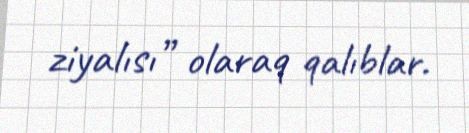
ziyalısı” olaraq qalıblar.